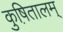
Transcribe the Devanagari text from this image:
कुष़ितालम्